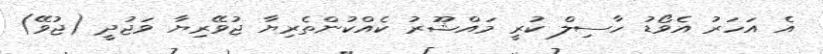
އެ އަހަރު އެވޯޑު ހާސިލް ކުރީ މައްޝޫރު ކެއްކުންތެރިޔާ ޖުވޭރިޔާ ވަޖުދީ (ޖުވޭ)